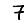
Digit: 7